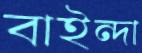
বাইন্দা